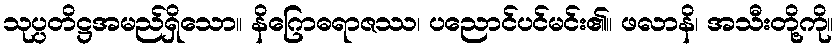
သုပ္ပတိဋ္ဌအမည်ရှိသော။ နိဂြောဓရာဇဿ၊ ပညောင်ပင်မင်း၏။ ဖလာနိ၊ အသီးတို့ကို။